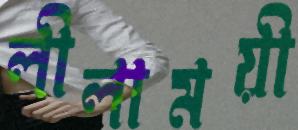
লীলাময়ী